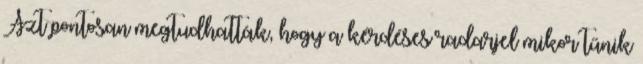
Azt pontosan megtudhatták, hogy a kérdéses radarjel mikor tűnik